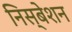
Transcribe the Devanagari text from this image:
निस्बेशन